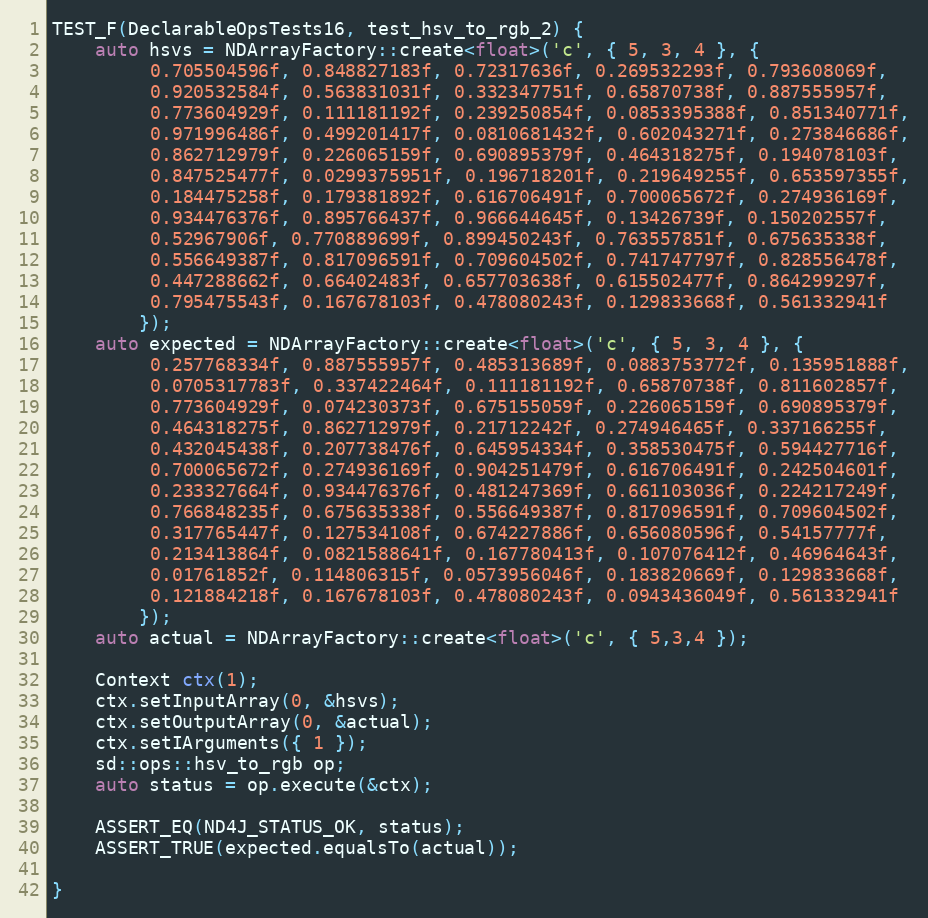
Language: C++
TEST_F(DeclarableOpsTests16, test_hsv_to_rgb_2) {
    auto hsvs = NDArrayFactory::create<float>('c', { 5, 3, 4 }, {
         0.705504596f, 0.848827183f, 0.72317636f, 0.269532293f, 0.793608069f,
         0.920532584f, 0.563831031f, 0.332347751f, 0.65870738f, 0.887555957f,
         0.773604929f, 0.111181192f, 0.239250854f, 0.0853395388f, 0.851340771f,
         0.971996486f, 0.499201417f, 0.0810681432f, 0.602043271f, 0.273846686f,
         0.862712979f, 0.226065159f, 0.690895379f, 0.464318275f, 0.194078103f,
         0.847525477f, 0.0299375951f, 0.196718201f, 0.219649255f, 0.653597355f,
         0.184475258f, 0.179381892f, 0.616706491f, 0.700065672f, 0.274936169f,
         0.934476376f, 0.895766437f, 0.966644645f, 0.13426739f, 0.150202557f,
         0.52967906f, 0.770889699f, 0.899450243f, 0.763557851f, 0.675635338f,
         0.556649387f, 0.817096591f, 0.709604502f, 0.741747797f, 0.828556478f,
         0.447288662f, 0.66402483f, 0.657703638f, 0.615502477f, 0.864299297f,
         0.795475543f, 0.167678103f, 0.478080243f, 0.129833668f, 0.561332941f
        });
    auto expected = NDArrayFactory::create<float>('c', { 5, 3, 4 }, {
         0.257768334f, 0.887555957f, 0.485313689f, 0.0883753772f, 0.135951888f,
         0.0705317783f, 0.337422464f, 0.111181192f, 0.65870738f, 0.811602857f,
         0.773604929f, 0.074230373f, 0.675155059f, 0.226065159f, 0.690895379f,
         0.464318275f, 0.862712979f, 0.21712242f, 0.274946465f, 0.337166255f,
         0.432045438f, 0.207738476f, 0.645954334f, 0.358530475f, 0.594427716f,
         0.700065672f, 0.274936169f, 0.904251479f, 0.616706491f, 0.242504601f,
         0.233327664f, 0.934476376f, 0.481247369f, 0.661103036f, 0.224217249f,
         0.766848235f, 0.675635338f, 0.556649387f, 0.817096591f, 0.709604502f,
         0.317765447f, 0.127534108f, 0.674227886f, 0.656080596f, 0.54157777f,
         0.213413864f, 0.0821588641f, 0.167780413f, 0.107076412f, 0.46964643f,
         0.01761852f, 0.114806315f, 0.0573956046f, 0.183820669f, 0.129833668f,
         0.121884218f, 0.167678103f, 0.478080243f, 0.0943436049f, 0.561332941f
        });
    auto actual = NDArrayFactory::create<float>('c', { 5,3,4 });

    Context ctx(1);
    ctx.setInputArray(0, &hsvs);
    ctx.setOutputArray(0, &actual);
    ctx.setIArguments({ 1 });
    sd::ops::hsv_to_rgb op;
    auto status = op.execute(&ctx);

    ASSERT_EQ(ND4J_STATUS_OK, status);
    ASSERT_TRUE(expected.equalsTo(actual));

}